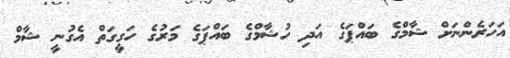
އަހަރެންނަށް ޝާމްގެ ބައްޕަގެ އަދި ހުޝާމްގެ ބައްޕަގެ މަރުގެ ހަގީގަތް އެގުނީ ޝާމް